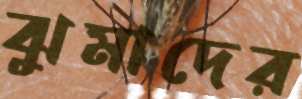
ঝুমাদের